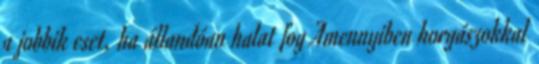
a jobbik eset, ha állandóan halat fog Amennyiben horgászokkal